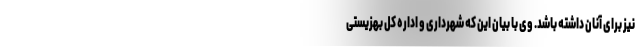
نیز برای آنان داشته باشد. وی با بیان این که شهرداری و اداره کل بهزیستی